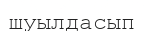
шуылдасып